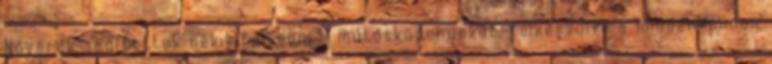
Nővérek segítettek nekik felvenni a műtősköpenyeket, felkészülve a mindenhonnan